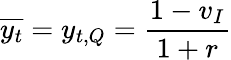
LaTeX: \overline{{y_{t}}}=y_{t,Q}=\frac{1-v_{I}}{1+r}